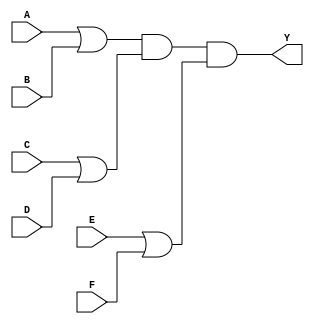
module pos_simplification (
    input wire A,    // Input variable A
    input wire B,    // Input variable B
    input wire C,    // Input variable C
    input wire D,    // Input variable D
    input wire E,    // Input variable E
    input wire F,    // Input variable F
    output wire Y    // Output Y for the simplified POS expression
);

// Internal signals for sum terms
wire sum_term1; // A + B
wire sum_term2; // C + D
wire sum_term3; // E + F

// Calculate sum terms using OR gate
assign sum_term1 = A | B; // First sum term
assign sum_term2 = C | D; // Second sum term
assign sum_term3 = E | F; // Third sum term

// Final output Y based on the AND of sum terms
assign Y = sum_term1 & sum_term2 & sum_term3; // Product of Sums

endmodule